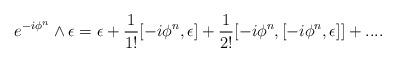
LaTeX: \begin{align*}e^{-i\phi^n} \wedge \epsilon=\epsilon+\frac{1}{1 !}[-i\phi^n,\epsilon]+\frac{1}{2 !}[-i\phi^n,[-i\phi^n,\epsilon]]+... .\end{align*}